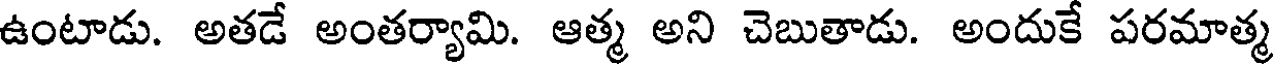
ఉంటాడు. అతడే అంతర్యామి. ఆత్మ అని చెబుతాడు. అందుకే పరమాత్మ